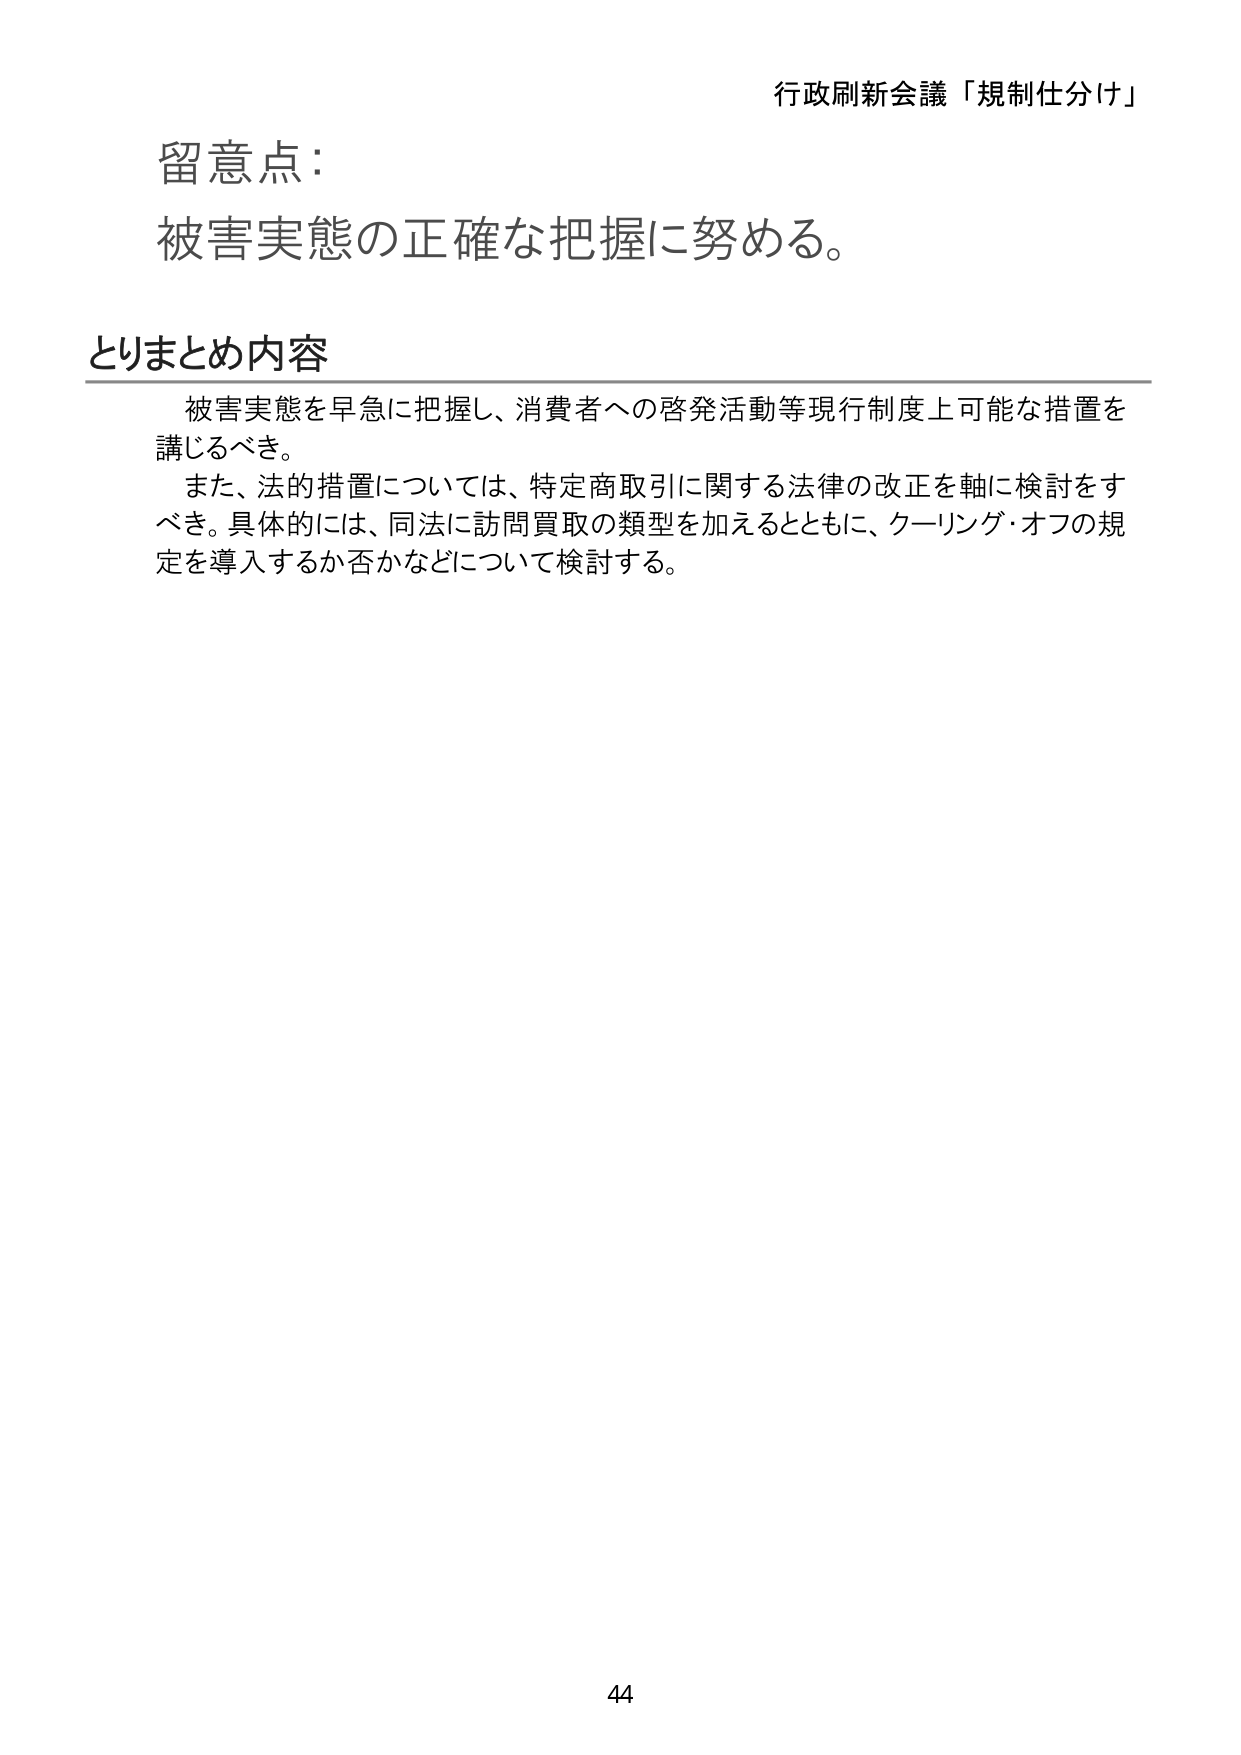
行政刷新会議「規制仕分け」

留意点：
被害実態の正確な把握に努める。

とりまとめ内容
被害実態を早急に把握し、消費者への啓発活動等現行制度上可能な措置を
講じるべき。
また、法的措置については、特定商取引に関する法律の改正を軸に検討をす
べき。具体的には、同法に訪問買取の類型を加えるとともに、クーリング・オフの規
定を導入するか否かなどについて検討する。

44